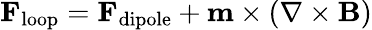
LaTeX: \mathbf{F}_{\mathrm{loop}}=\mathbf{F}_{\mathrm{dipole}}+\mathbf{m}\times\left(\nabla\times\mathbf{B}\right)